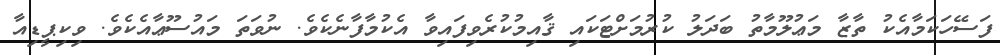
ފަސޭހަކަމާއެކު ތާޒާ މަޢުލޫމާތު ބަދަލު ކުރުމަށްޓަކައި ޤާއިމުކުރެވިފައިވާ އެކުމާފާނެކެވެ. ނުވަތަ މައުސޫޢާއެކެވެ. ވިކިޕީޑިއާ